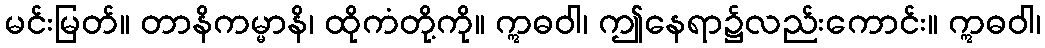
မင်းမြတ်။ တာနိကမ္မာနိ၊ ထိုကံတို့ကို။ ဣဓဝါ၊ ဤနေရာ၌လည်းကောင်း။ ဣဓဝါ၊